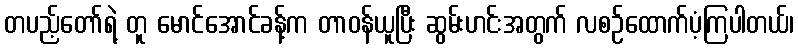
တပည့်တော်ရဲ့ တူ မောင်အောင်ခန့်က တာဝန်ယူပြီး ဆွမ်းဟင်းအတွက် လစဉ်ထောက်ပံ့ကြပါတယ်၊